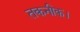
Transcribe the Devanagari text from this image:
तकनीक।